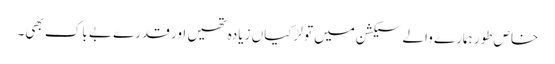
خاص طور ہمارے والے سیکشن میں تو لڑکیاں زیادہ تھیں اور قدرے بے باک بھی۔